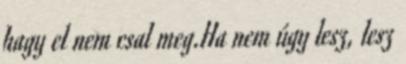
hagy el nem csal meg.Ha nem úgy lesz, lesz